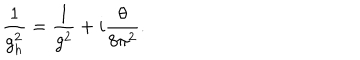
LaTeX: \frac { 1 } { g _ { h } ^ { 2 } } = \frac { 1 } { g ^ { 2 } } + i \frac { \theta } { 8 \pi ^ { 2 } } .